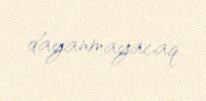
dayanmayacaq.